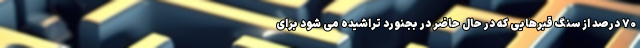
۷۰ درصد از سنگ قبرهایی که در حال حاضر در بجنورد تراشیده می شود برای